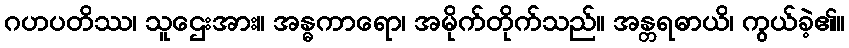
ဂဟပတိဿ၊ သူဌေးအား။ အန္ဓကာရော၊ အမိုက်တိုက်သည်။ အန္တရဓာယိ၊ ကွယ်ခဲ့၏။